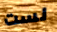
لست